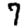
Digit: 7